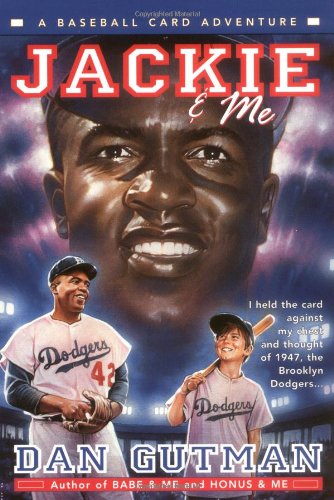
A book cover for Jackie & Me (Baseball Card Adventures); Dan Gutman; Children's Books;